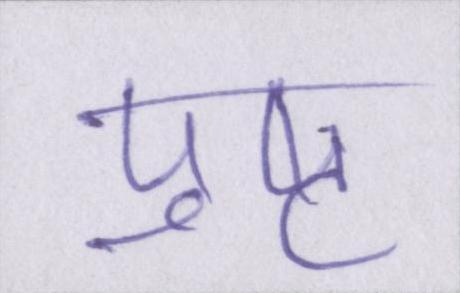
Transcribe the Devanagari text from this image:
पुष्ट